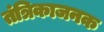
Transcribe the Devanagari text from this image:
तंत्रिकाजनक